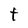
Character: t